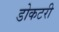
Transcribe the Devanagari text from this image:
डोकटरी